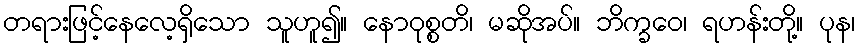
တရားဖြင့်နေလေ့ရှိသော သူဟူ၍။ နောဝုစ္စတိ၊ မဆိုအပ်။ ဘိက္ခဝေ၊ ရဟန်းတို့။ ပုန၊